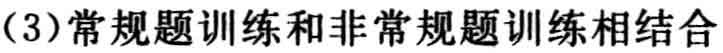
(3)常规题训练和非常规题训练相结合